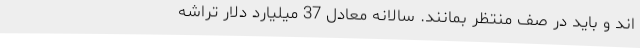
اند و باید در صف منتظر بمانند. سالانه معادل 37 میلیارد دلار تراشه